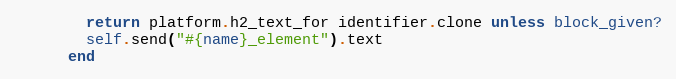
Language: Ruby
        return platform.h2_text_for identifier.clone unless block_given?
        self.send("#{name}_element").text
      end